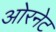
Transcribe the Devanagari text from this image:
ओरनेट